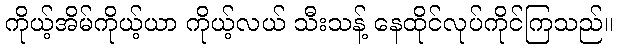
ကိုယ့်အိမ်ကိုယ့်ယာ ကိုယ့်လယ် သီးသန့် နေထိုင်လုပ်ကိုင်ကြသည်။